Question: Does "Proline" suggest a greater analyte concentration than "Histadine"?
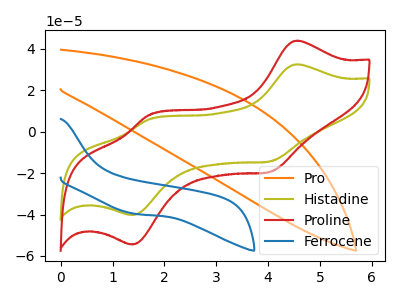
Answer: <think>The orange curve "Pro" has no peaks. The olive curve "Histadine" has anodic peaks at (4.55V, 32.40uA) (1.70V, 5.85uA) and cathodic peaks at (4.05V, -14.40uA) (1.40V, -40.25uA). The red curve "Proline" has anodic peaks at (4.55V, 43.80uA) (1.70V, 7.95uA) and cathodic peaks at (4.05V, -19.50uA) (1.40V, -54.45uA). The blue curve "Ferrocene" has no peaks.
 All the peaks in "Proline" have a peak in "Histadine" at the same potential. Every peak in "Proline" is higher than every peak in "Histadine".</think>
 <answer>"Proline" has more signal than "Histadine".</answer>
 <eval>more_signal</eval>